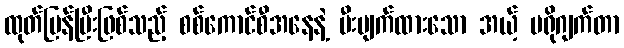
ထုတ်ပြန်ပြီးဖြစ်သည့် စစ်ကောင်စီအနေနဲ့ မီးပျက်ထားသော အယ့် ပရိုဂျက်တာ